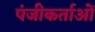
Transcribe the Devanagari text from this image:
पंजीकर्ताओं